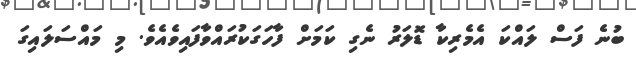
ބުނެ ފަސް ލައްކަ އެމެރިކާ ޑޮލަރު ނެގި ކަމަށް ފާހަގަކުރައްވާފައިވެއެވެ. މި މައްސަލައިގަ